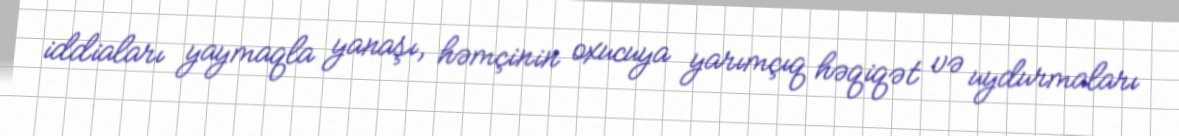
iddiaları yaymaqla yanaşı, həmçinin oxucuya yarımçıq həqiqət və uydurmaları